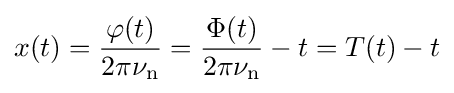
x(t)={\frac {\varphi (t)}{2\pi \nu _{\text{n}}}}={\frac {\Phi (t)}{2\pi \nu _{\text{n}}}}-t=T(t)-t